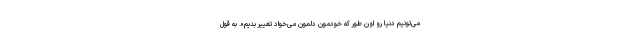
می‌تونیم دنیا رو اون طور که خودمون دلمون می‌خواد تغییر بدیم». به قول